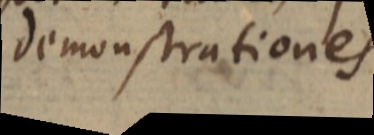
demonstrationes